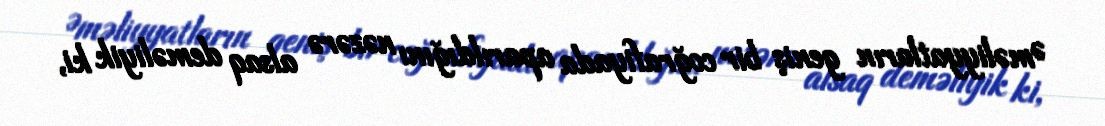
Əməliyyatların geniş bir coğrafiyada aparıldığını nəzərə alsaq deməliyik ki,